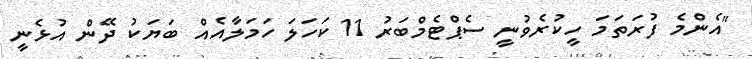
"އެންމެ ފުރަތަމަ ހީކުރެވުނީ ސެޕްޓެމްބަރު 11 ކަހަލަ ހަމަލާއެއް ބަޔަކު ދޭން އުޅެނީ